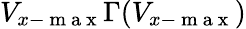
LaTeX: V_{x-\mathrm{~m~a~x~}}\Gamma(V_{x-\mathrm{~m~a~x~}})